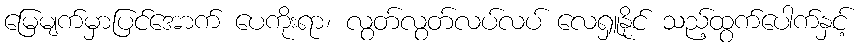
မြေမျက်မှာပြင်အောက် ပေကိုးရာ၊ လွတ်လွတ်လပ်လပ် လေရှူနိုင် သည့်ထွက်ပေါက်နှင့်